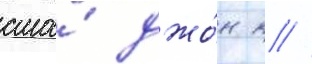
сша́ джо́н к //